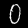
Label: 0